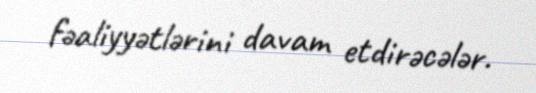
fəaliyyətlərini davam etdirəcələr.